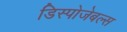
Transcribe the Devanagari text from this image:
डिस्पोजेबल्स